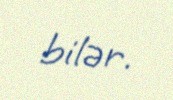
bilər.